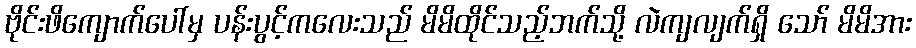
ဗိုင်းဖိကျောက်ပေါ်မှ ပန်းပွင့်ကလေးသည် မိမိထိုင်သည့်ဘက်သို့ လဲကျလျက်ရှိ သော် မိမိအား